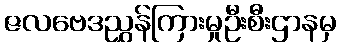
ဇလဗေဒညွှန်ကြားမှုဦးစီးဌာနမှ